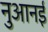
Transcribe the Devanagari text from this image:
नुआनई